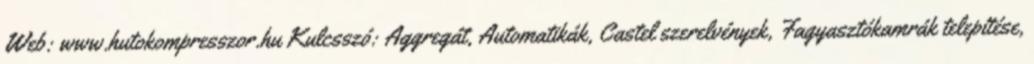
Web: www.hutokompresszor.hu Kulcsszó: Aggregát, Automatikák, Castel szerelvények, Fagyasztókamrák telepítése,